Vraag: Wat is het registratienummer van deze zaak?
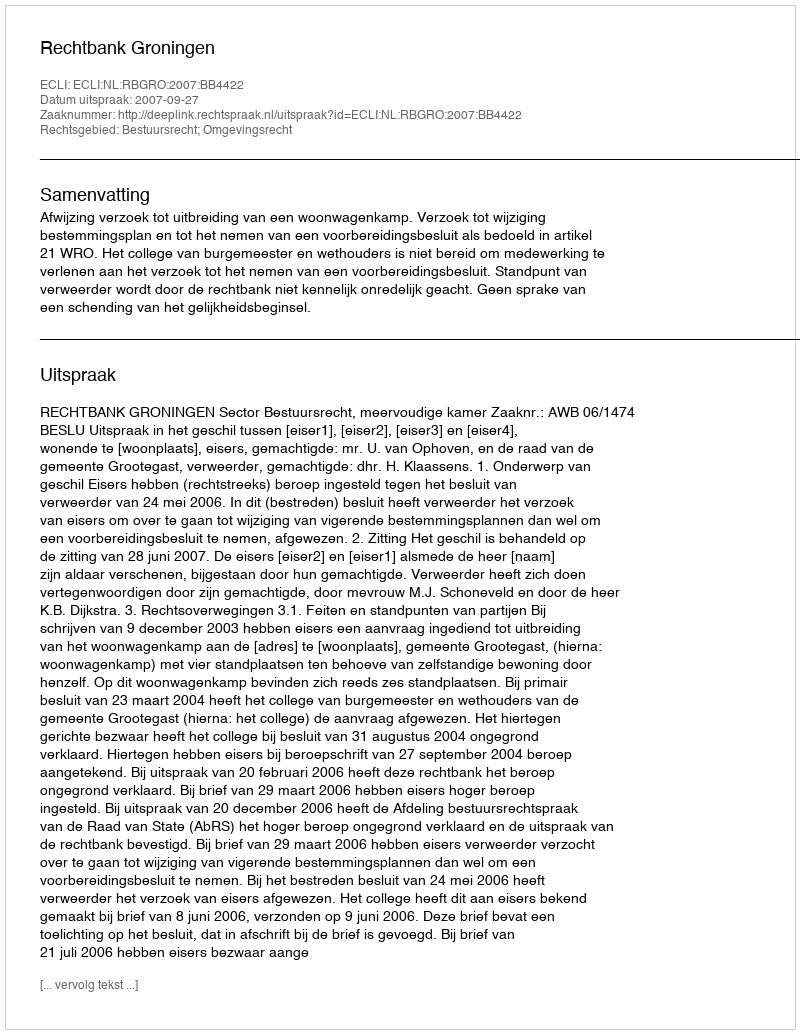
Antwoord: http://deeplink.rechtspraak.nl/uitspraak?id=ECLI:NL:RBGRO:2007:BB4422